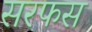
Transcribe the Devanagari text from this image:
सरफस